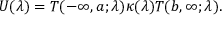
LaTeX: U ( \lambda ) = T ( - \infty , a ; \lambda ) \kappa ( \lambda ) T ( b , \infty ; \lambda ) .